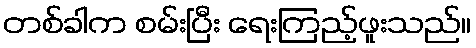
တစ်ခါက စမ်းပြီး ရေးကြည့်ဖူးသည်။